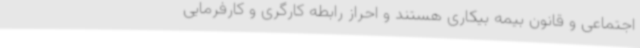
اجتماعی و قانون بیمه بیکاری هستند و احراز رابطه کارگری و کارفرمایی